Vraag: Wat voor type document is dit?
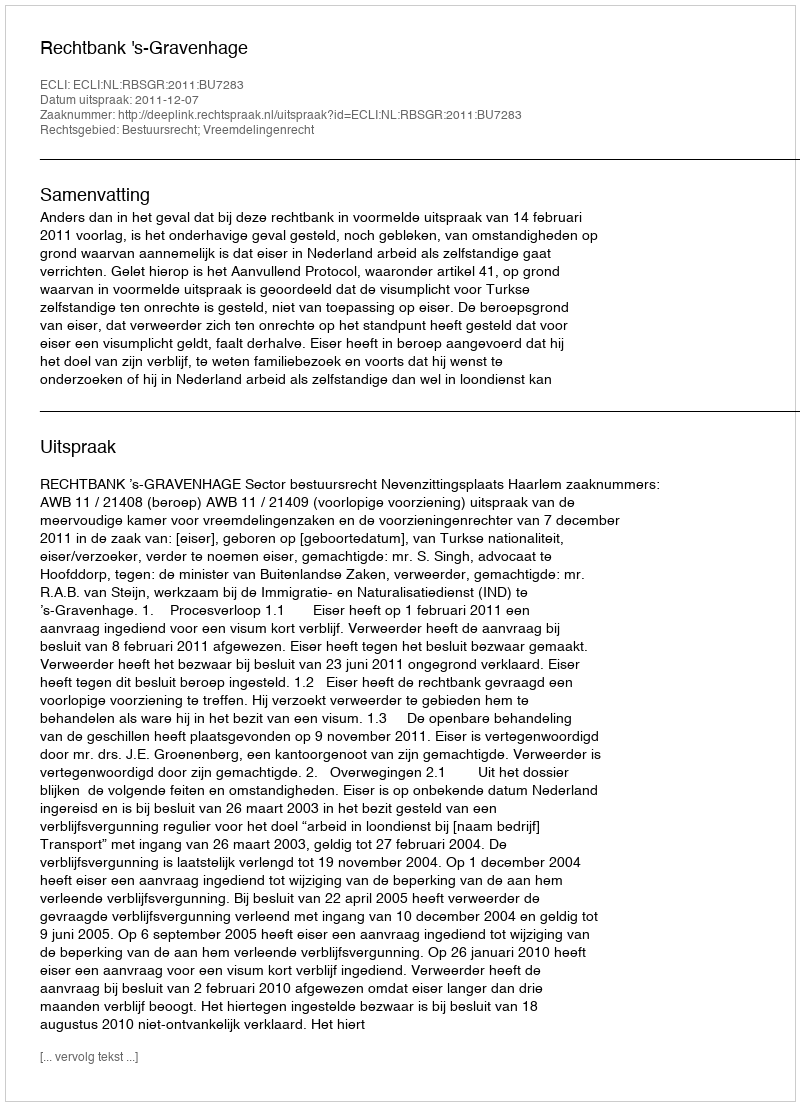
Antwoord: Uitspraak